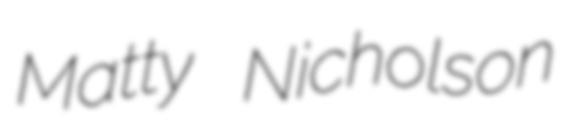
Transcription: Matty Nicholson